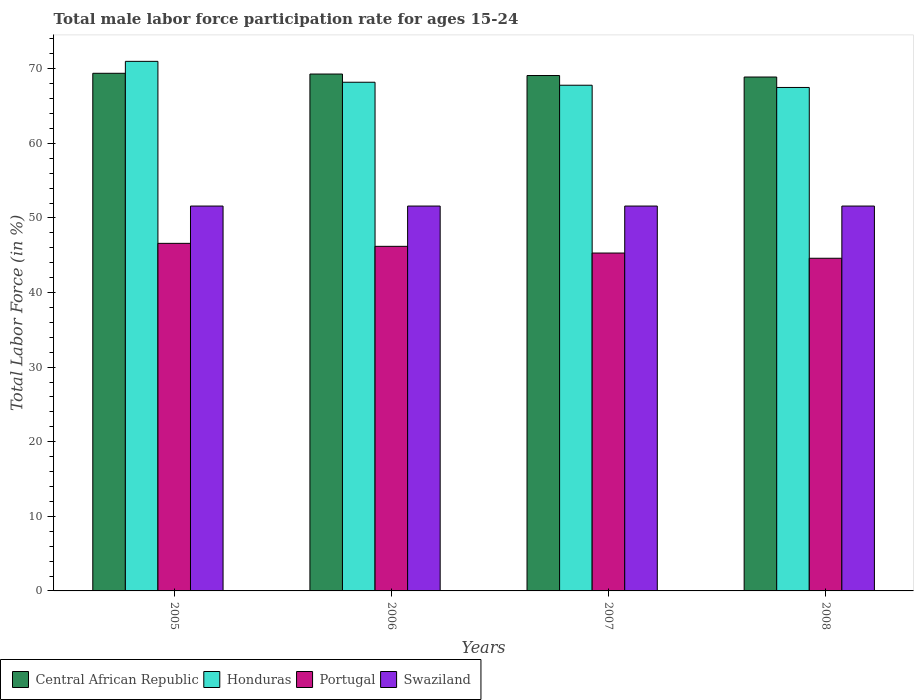
| Years | Central African Republic | Honduras | Portugal | Swaziland |
 | --- | --- | --- | --- | --- |
 | 2005 | 69.4 | 71 | 46.6 | 51.6 |
 | 2006 | 69.3 | 68.2 | 46.2 | 51.6 |
 | 2007 | 69.1 | 67.8 | 45.3 | 51.6 |
 | 2008 | 68.9 | 67.5 | 44.6 | 51.6 |